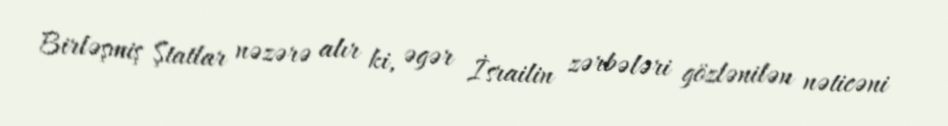
Birləşmiş Ştatlar nəzərə alır ki, əgər İsrailin zərbələri gözlənilən nəticəni